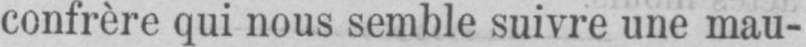
confrère qui nous semble suivre une mau-